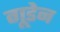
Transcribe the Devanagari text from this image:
गूडेन